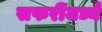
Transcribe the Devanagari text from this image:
सफरींमध्ये